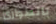
بالطوارئ